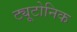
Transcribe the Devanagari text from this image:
ट्यूटोनिक